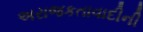
અરાજકતાવાદીની